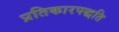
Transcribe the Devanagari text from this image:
प्रतिकारपद्धति